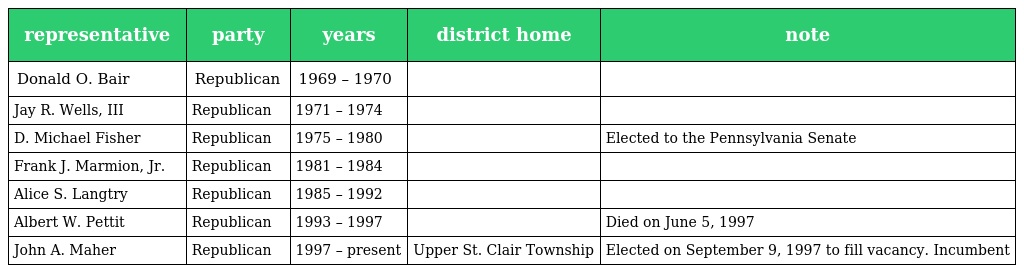
| representative | party | years | district home | note |
 | --- | --- | --- | --- | --- |
 | Donald O. Bair | Republican | 1969 – 1970 |  |  |
 | Jay R. Wells, III | Republican | 1971 – 1974 |  |  |
 | D. Michael Fisher | Republican | 1975 – 1980 |  | Elected to the Pennsylvania Senate |
 | Frank J. Marmion, Jr. | Republican | 1981 – 1984 |  |  |
 | Alice S. Langtry | Republican | 1985 – 1992 |  |  |
 | Albert W. Pettit | Republican | 1993 – 1997 |  | Died on June 5, 1997 |
 | John A. Maher | Republican | 1997 – present | Upper St. Clair Township | Elected on September 9, 1997 to fill vacancy. Incumbent |